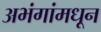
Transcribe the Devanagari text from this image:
अभंगांमधून